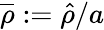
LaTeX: \overline{{\rho}}:=\hat{\rho}/a